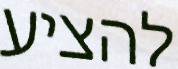
להציע